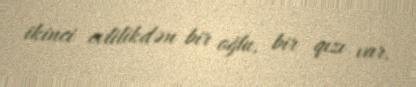
ikinci evlilikdən bir oğlu, bir qızı var.